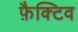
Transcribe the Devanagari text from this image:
फ़ैक्टिव